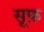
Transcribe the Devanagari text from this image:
सूफ़